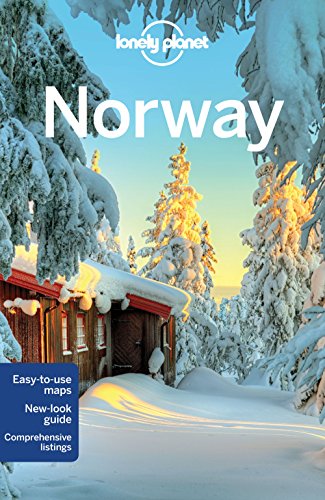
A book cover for Lonely Planet Norway (Travel Guide); Lonely Planet; Travel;